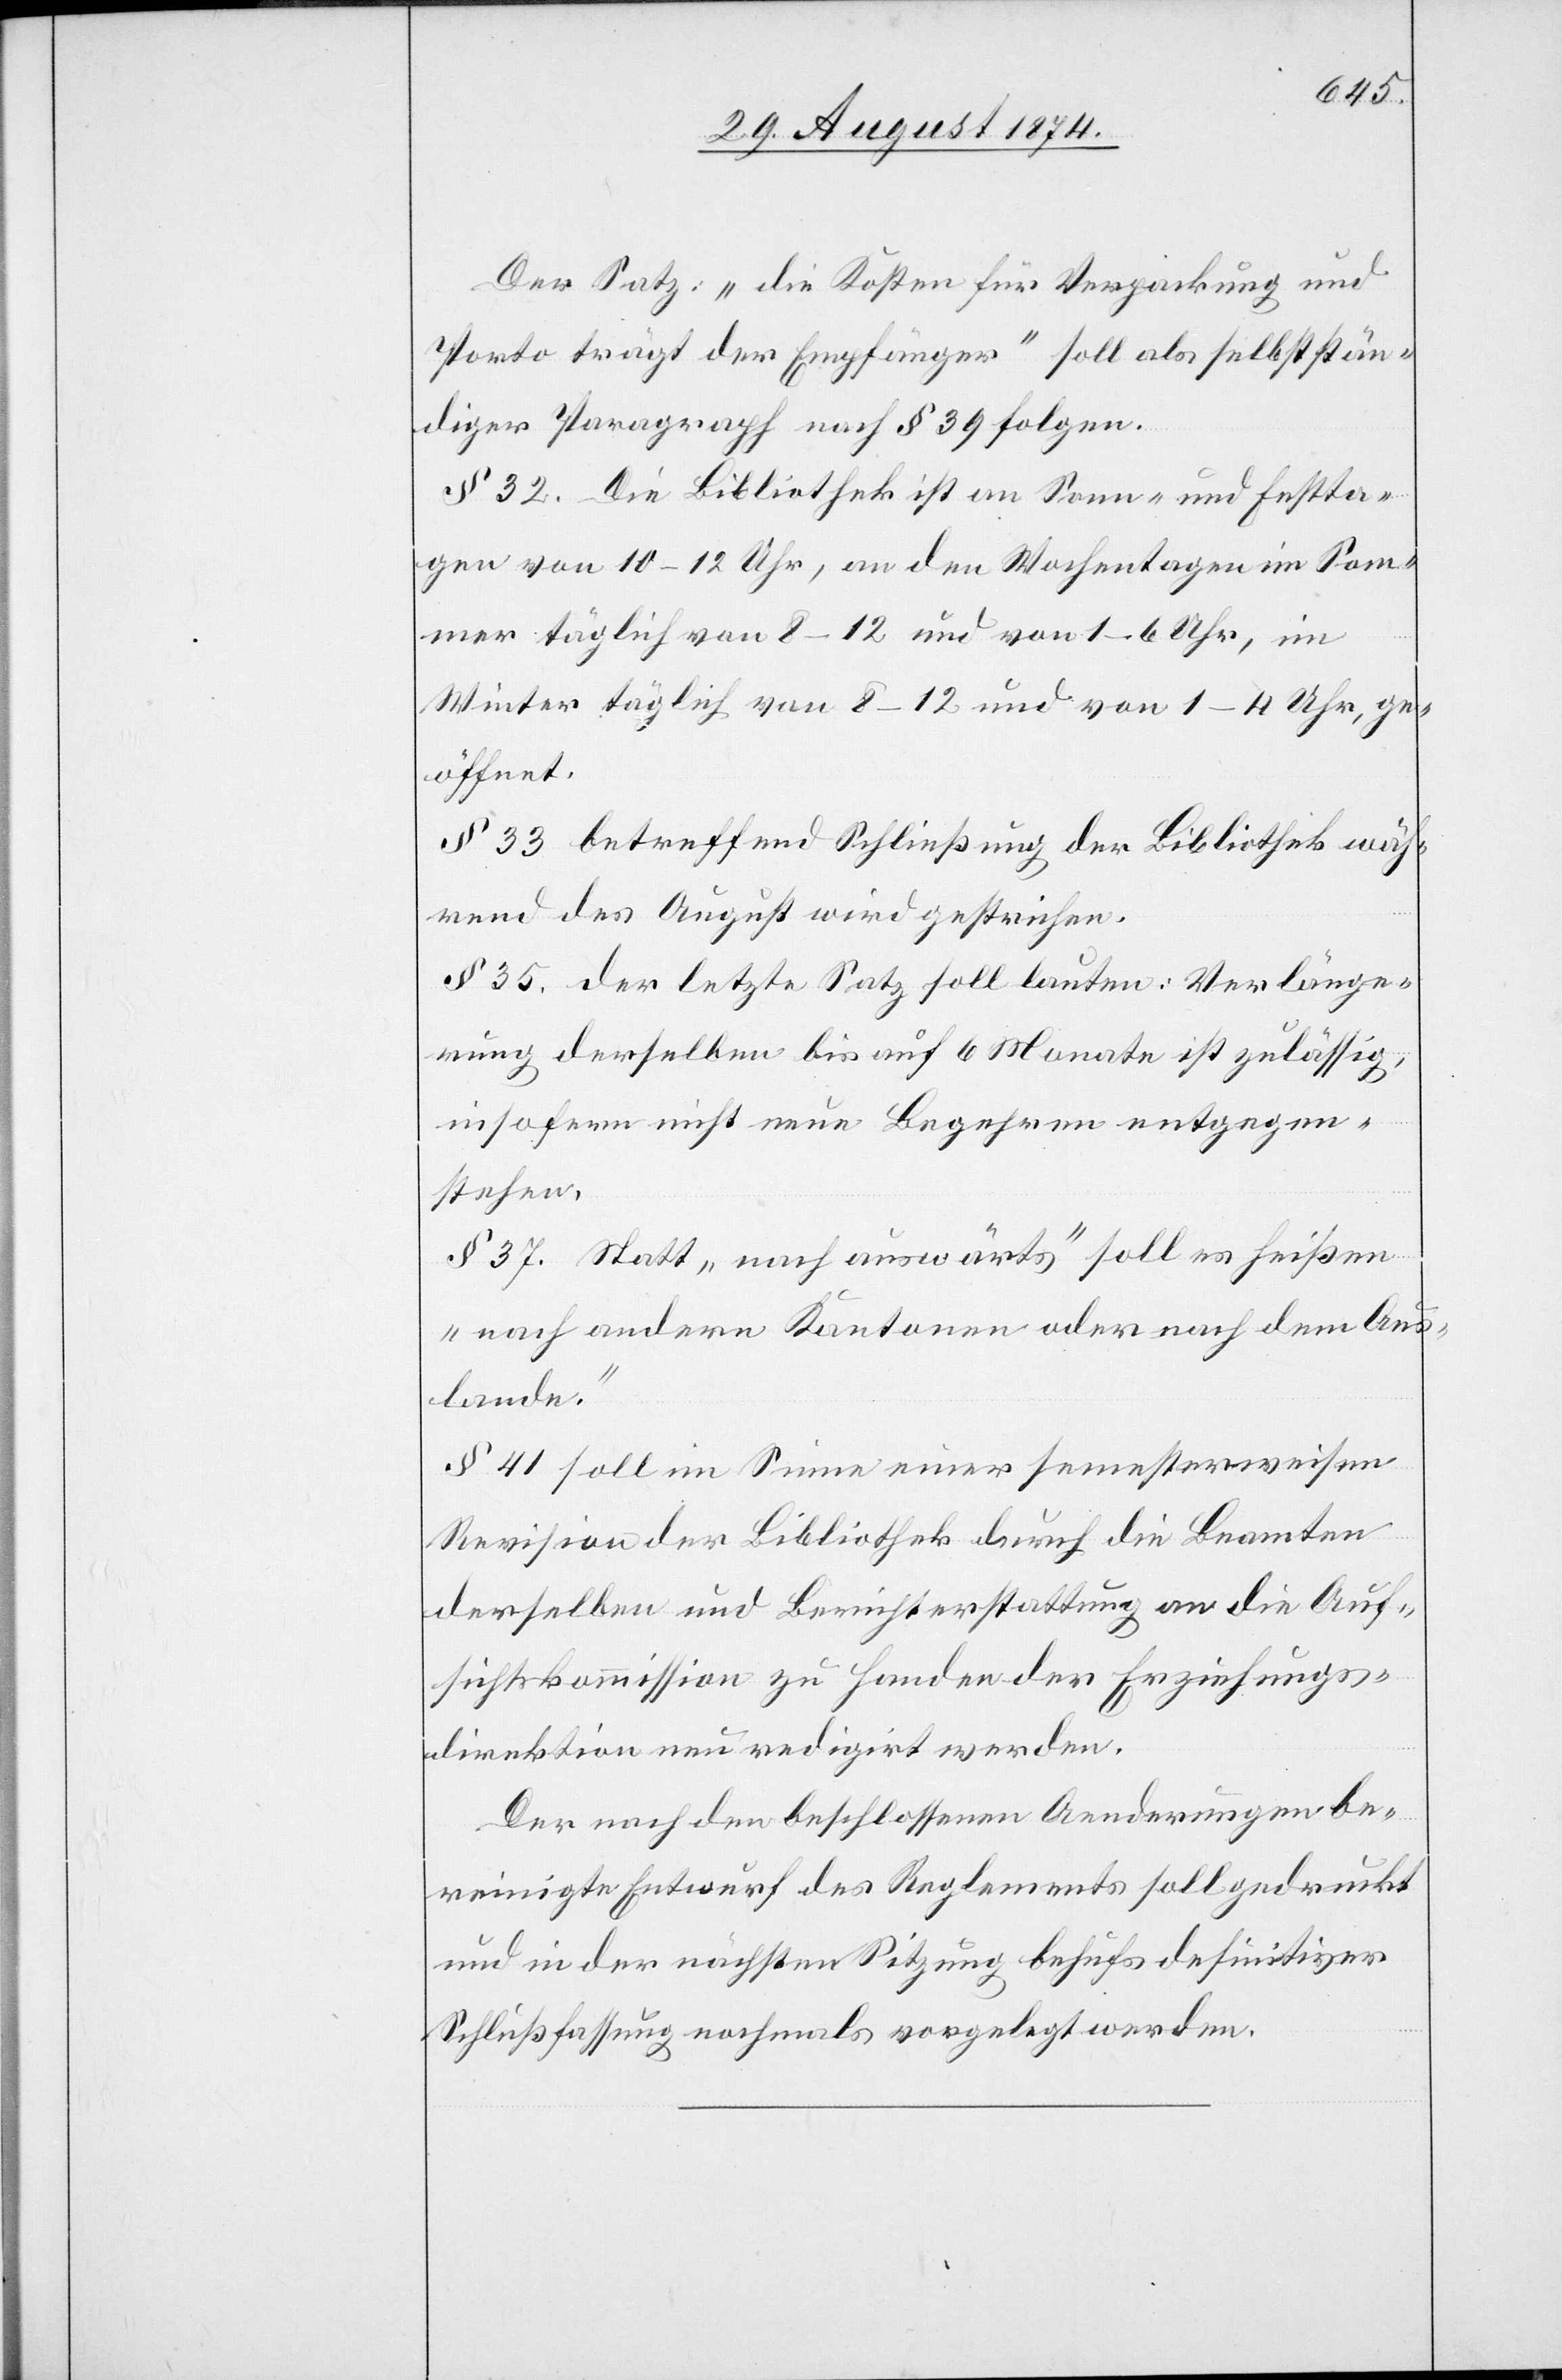
Der Satz: „die Kosten für Verpackung und
Porto trägt der Empfänger“ soll als selbststän¬
diger Paragraph nach § 39 folgen.
§ 32. Die Bibliothek ist am Sonn- und Festta¬
gen von 10–12 Uhr, an den Wochentagen im Som¬
mer täglich von 8–12 und von 1–4 Uhr, ge¬
öffnet.
§ 33. betreffend Schließung der Bibliothek wäh¬
rend des August wird gestrichen.
§ 35. der letzte Satz soll lauten: Verlänge¬
rung derselben bis auf 6 Monat ist zulässig,
insofern nicht neue Begehren entgegen¬
stehen.
§ 37. Statt „nach auswärts“ soll es heißen
„nach andern Kantonen oder nach dem Aus¬
lande.“
§ 41. soll im Sinne einer semesterweisen
Revision der Bibliothek durch die Beamten
derselben und Berichterstattung an die Auf¬
sichtskommission zu Handen der Erziehungs¬
direktion neu redigirt werden.
Der nach den beschlossenen Aenderungen be¬
reinigte Entwurf des Reglements soll gedruckt
und in der nächsten Sitzung behufs definitiver
Schließfassung nochmals vorgelegt werden.